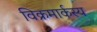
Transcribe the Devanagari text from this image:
विक्रमार्कस्य